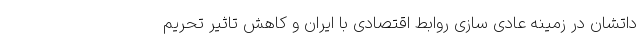
داتشان در زمینه عادی سازی روابط اقتصادی با ایران و کاهش تاثیر تحریم